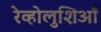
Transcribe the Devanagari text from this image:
रेव्होलुशिआँ